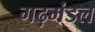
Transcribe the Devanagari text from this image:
गढ़मंडल